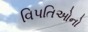
વિપતિઓનો